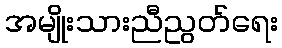
အမျိုးသားညီညွတ်ရေး